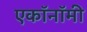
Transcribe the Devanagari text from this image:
एकॉनॉमी